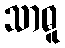
သာဓူ